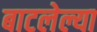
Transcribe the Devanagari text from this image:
बाटलेल्या